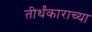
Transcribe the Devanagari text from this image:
तीर्थंकाराच्या